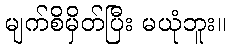
မျက်စိမှိတ်ပြီး မယုံဘူး။